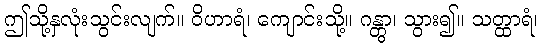
ဤသို့နှလုံးသွင်းလျက်။ ဝိဟာရံ၊ ကျောင်းသို့။ ဂန္တွာ၊ သွား၍။ သတ္ထာရံ၊